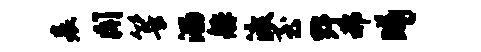
表闻箐溜舴渡至野郝曦